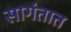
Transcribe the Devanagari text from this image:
सागंतात